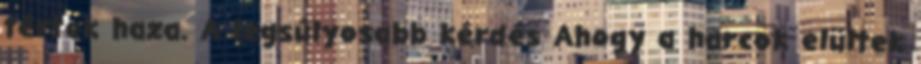
tértek haza. A legsúlyosabb kérdés Ahogy a harcok elültek